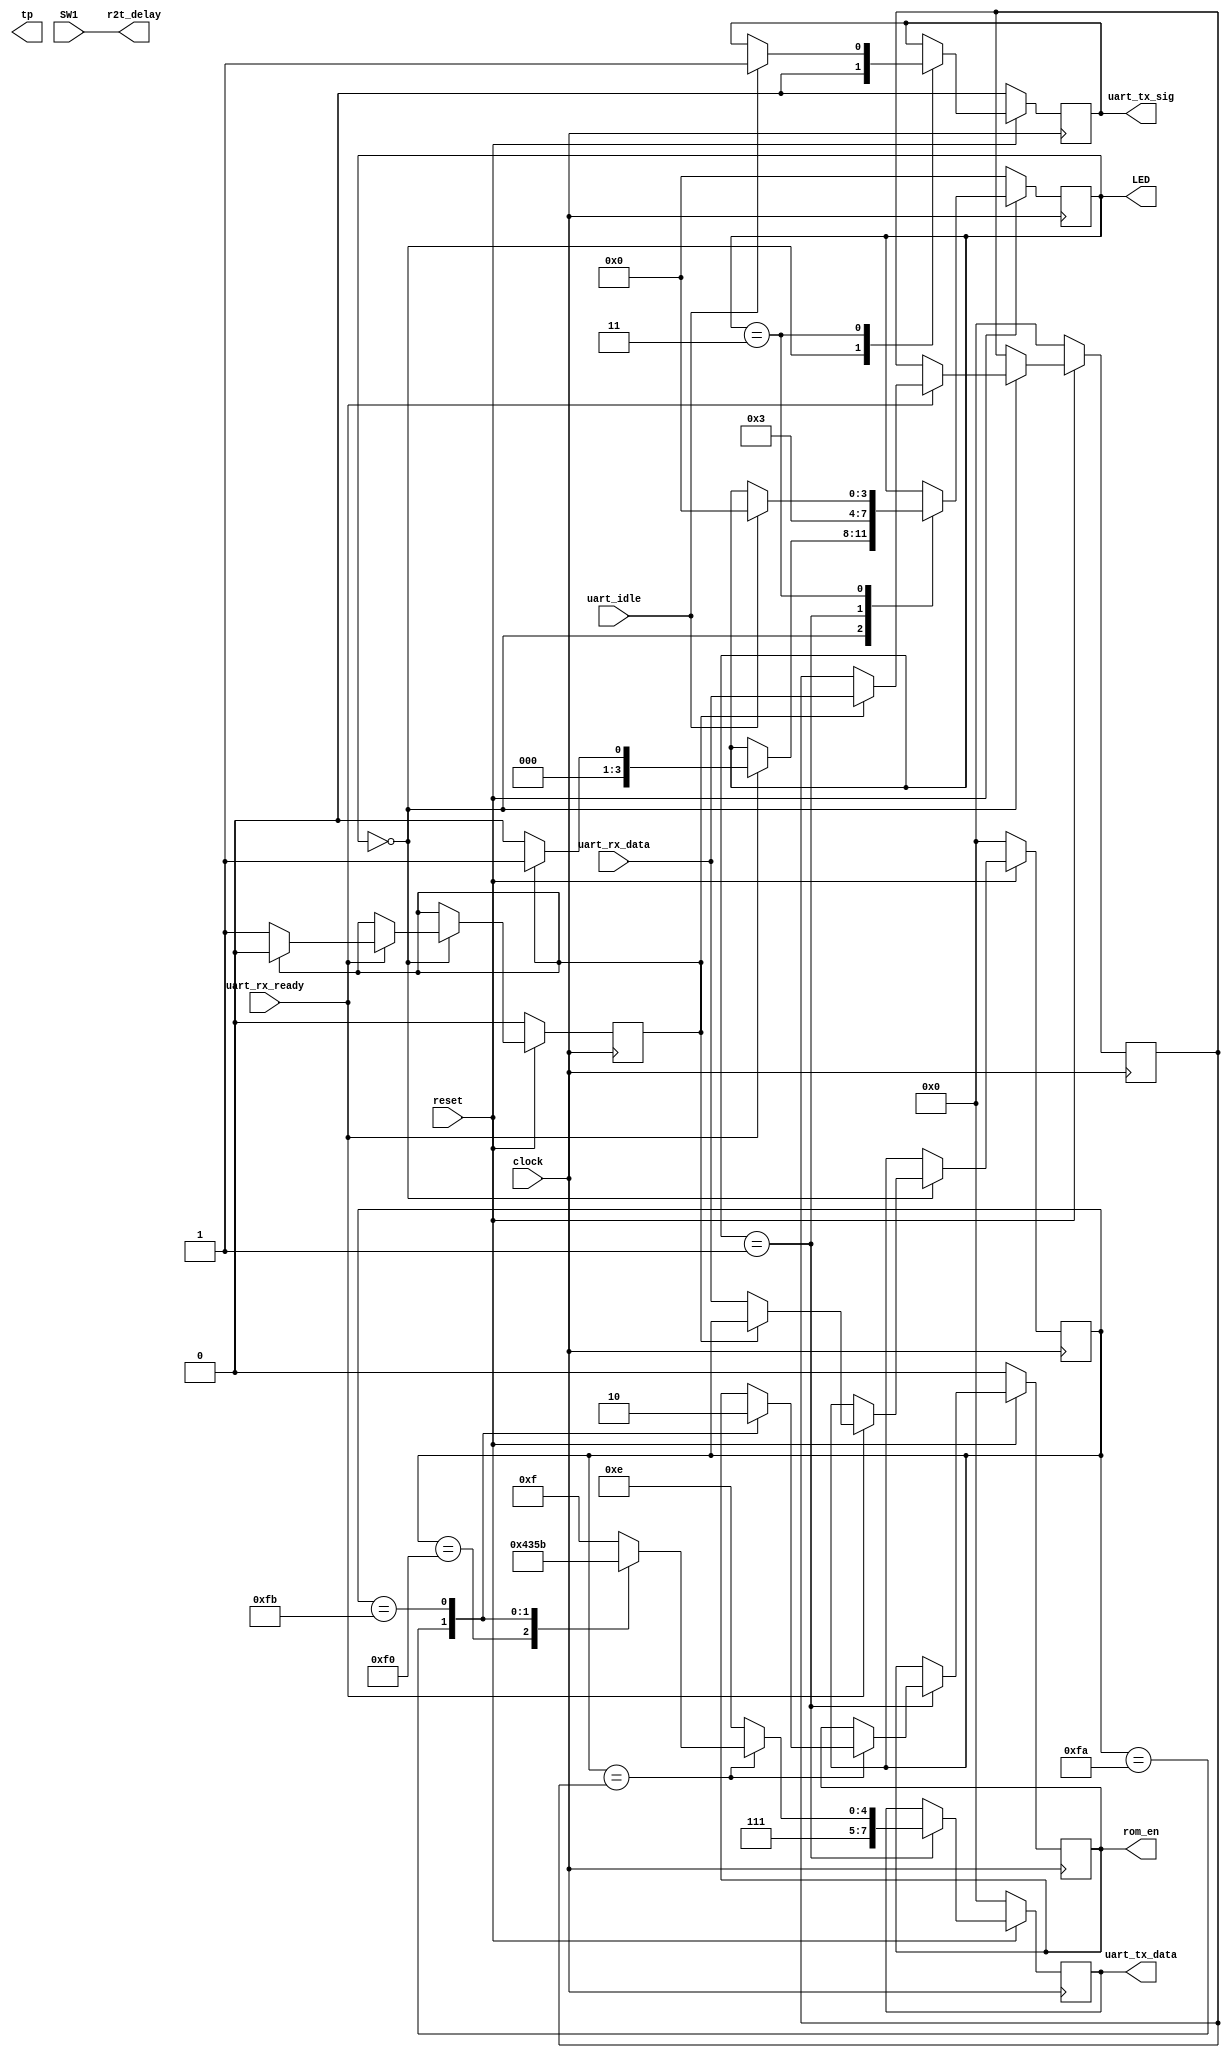
`timescale 1ns / 1ps
//////////////////////////////////////////////////////////////////////////////////
// Company: 
// Engineer: 
// 
// Design Name: 
// Module Name:    main_controller 
// Project Name: 
// Target Devices: 
// Tool versions: 
// Description: 
//
// Dependencies: 
//
// Revision: 
// Revision 0.01 - File Created
// Additional Comments: 
//
//////////////////////////////////////////////////////////////////////////////////
module main_controller(
	clock,
	reset,
	
	LED,
	SW1,
	
	//RS485
	uart_tx_sig,
	uart_idle,
	uart_tx_data,
	uart_rx_ready,
	uart_rx_data,
	r2t_delay,
	
	rom_en,
		
	tp
    );
	 
//================================================================================//
// Inputs and Outputs
//================================================================================//	 
	input			clock;
	input			reset;
	
	output	[3:0]	LED;
	input			SW1;
	
	//RS485
	output			uart_tx_sig;
	input			uart_idle;
	output	[7:0]	uart_tx_data;
	input			uart_rx_ready;
	input	[7:0]	uart_rx_data;
	output			r2t_delay;
	
	output          rom_en;
	
	output	[7:0]	tp;
	
//================================================================================//
// Output Regs
//================================================================================//
	wire	[3:0]	LED;
	
	reg			    uart_tx_sig;
	reg    	[7:0]	uart_tx_data;
	wire	[7:0]	uart_rx_data;
	wire		    r2t_delay;
	
    reg           rom_en;	
	
	wire	[7:0]	tp;
	
	
//================================================================================//
// Internal Signal Declares
//================================================================================//
	reg	[3:0]	state;
	reg	[7:0]	command;
	reg	[7:0]	command_cp;
	reg			command_cycle;

//================================================================================//
// Paramenters
//================================================================================//
	parameter	ST_IDLE			= 4'd0;
	parameter	ST_CMD_PARSE	= 4'd1;
	parameter	ST_HANDSHAKE	= 4'd3;
	parameter	ST_MC8051_CMD	= 4'd5;
	
//================================================================================//
// Main code start here 
//================================================================================//
	assign	r2t_delay = SW1;
	assign	LED = state;
	
	always@(posedge clock)
	begin
		if(!reset)
		begin
			state <= ST_IDLE;
			
			command <= 8'h00;
			command_cycle <= 1'b0;
			command_cp <= 8'h00;
			
			rom_en <= 1'b0;
			uart_tx_data <= 8'd0;
			uart_tx_sig <= 1'b0;			
		end//end for if
		else
		begin
			case(state)
				ST_IDLE:
				begin
					uart_tx_sig <= 1'b0;
					if(uart_rx_ready)
					begin
						if(command_cycle == 1'b1)
						begin
							command_cycle <= 1'b0;
							command_cp <= uart_rx_data;
							state <= ST_CMD_PARSE;
						end
						else
						begin
							command_cycle <= 1'b1;
							command <= uart_rx_data;
							state <= ST_IDLE;
						end
					end
				end//end for ST_IDLE
				
				ST_CMD_PARSE:
				begin
					if(command == command_cp)
					begin
						case(command)
							8'hF0:
							begin
								uart_tx_data <= 8'hF0;
								state <= ST_HANDSHAKE;
							end
							8'hFA:
                           begin
                               rom_en <= 1'b1;
                               uart_tx_data <= 8'hFA;
                               state <= ST_HANDSHAKE;
                            end
                            8'hFB:
                            begin
                               rom_en <= 1'b0;
                               uart_tx_data <= 8'hFB;
                               state <= ST_HANDSHAKE;
                            end
							default:
							begin
								uart_tx_data <= 8'hEF;
								state <= ST_HANDSHAKE;
							end
						endcase
					end//end for if
					else
					begin
						uart_tx_data <= 8'hEE;
						state <= ST_HANDSHAKE;
					end
				end//end for ST_CMD_PARSE
				
				ST_HANDSHAKE:
				begin
					if(uart_idle)
					begin
						uart_tx_sig <= 1'b1;
						state <= ST_IDLE;
					end
					else ;
				end//end for ST_HANDSHAKE
			endcase
		end//end for else
	end//end for always


endmodule